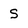
Character: S